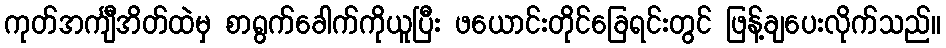
ကုတ်အင်္ကျီအိတ်ထဲမှ စာရွက်ခေါက်ကိုယူပြီး ဖယောင်းတိုင်ခြေရင်းတွင် ဖြန့်ချပေးလိုက်သည်။